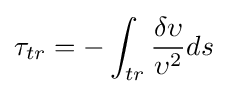
\tau _{tr}=-\int _{tr}^{}{\frac {\delta \upsilon }{\upsilon ^{2}}}ds